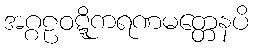
အဂ္ဂဠဝဋ္ဋိကရဏမတ္တေနပိ